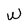
Character: W